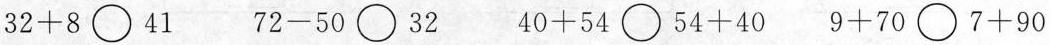
$$3 2 + 8$$ \bigcirc 41 $$7 2 - 5 0$$ \bigcirc 32